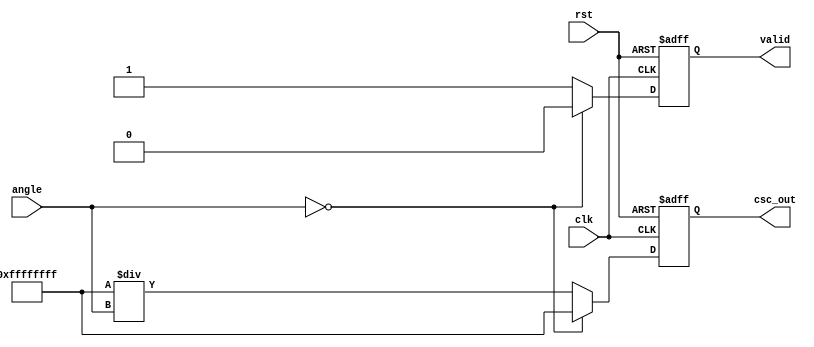
module Cosecant (
    input wire clk,
    input wire rst,
    input wire [15:0] angle, // Angle input in fixed-point representation (0 to 2)
    output reg [31:0] csc_out, // Cosecant output in fixed-point representation
    output reg valid // Output valid signal
);

// Sine approximation function (simple lookup table or Taylor series can be used)
function [15:0] sine;
    input [15:0] angle;
    begin
        // Simple sine approximation (to be replaced with a more accurate implementation)
        // This is a placeholder for sine calculation
        sine = angle; // Replace with actual sine calculation
    end
endfunction

// Internal signals
reg [15:0] sin_value;
reg [31:0] reciprocal;

// Main computation block
always @(posedge clk or posedge rst) begin
    if (rst) begin
        csc_out <= 32'b0;
        valid <= 1'b0;
    end else begin
        // Compute sine
        sin_value = sine(angle);

        // Check for sine value close to zero
        if (sin_value == 16'b0) begin
            // Handle division by zero case
            csc_out <= 32'hFFFFFFFF; // NaN or error value
            valid <= 1'b0;
        end else begin
            // Compute reciprocal
            reciprocal = 32'hFFFFFFFF / sin_value; // Fixed-point division
            csc_out <= reciprocal;
            valid <= 1'b1;
        end
    end
end

endmodule